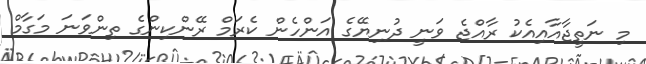
މި ނަތީޖާއާއިއެކު ރާއްޖެ ވަނީ ދުނިޔޭގެ އަންހެން ކެރަމް ރޭންކިންގެ ތިންވަނަ މަގާމް